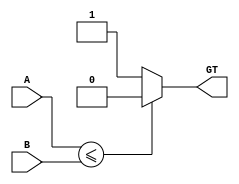
 module CMP #(parameter WIDTH = 8)(
    input [WIDTH-1:0] A, B, 
    output reg GT); 
    
    always @ (A or B)  begin      
        GT <= 1'b1;    
        if (A <= B)    
            GT <= 1'b0; 
        else
            GT <= 1'b1;
    end 
endmodule